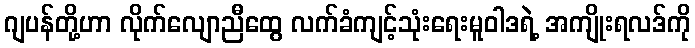
ဂျပန်တို့ဟာ လိုက်လျောညီထွေ လက်ခံကျင့်သုံးရေးမူဝါဒရဲ့ အကျိုးရလဒ်ကို